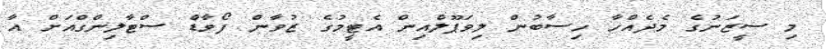
މި ސީޒަނުގެ މެދެއްހާ ހިސާބުން ލިވަޕޫލްއިން އެޓީމުގެ ޒުވާން ފޯވާޑް ސްޓާލިންގްއަށް އާ